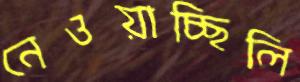
নেওয়াচ্ছিলি